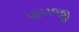
પાબજી